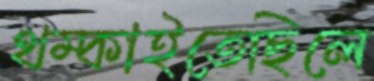
থম্‌কাইতেছিলে